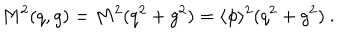
M ^ { 2 } ( q , g ) = M ^ { 2 } ( q ^ { 2 } + g ^ { 2 } ) = \langle \phi \rangle ^ { 2 } ( q ^ { 2 } + g ^ { 2 } ) ~ .